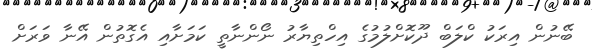
ބޭނުން އިރަކު ކްލަބް ދޫކޮށްލުމުގެ އިހްތިޔާރު ނޯންނާތީ ކަމަށާއި އެގޮތުން އޭނާ ވަރަށް